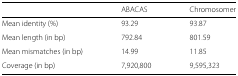
|  | ABACAS | Chromosomer |
 | --- | --- | --- |
 | Mean identity (%) | 93.29 | 93.87 |
 | Mean length (in bp) | 792.84 | 801.59 |
 | Mean mismatches (in bp) | 14.99 | 11.85 |
 | Coverage (in bp) | 7,920,800 | 9,595,323 |